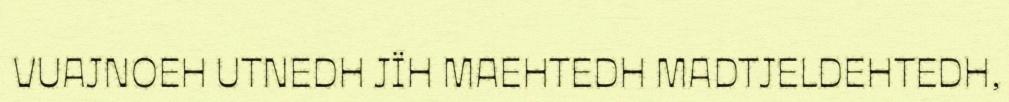
VUAJNOEH UTNEDH JÏH MAEHTEDH MADTJELDEHTEDH,